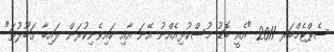
ސެޕްޓެމްބަރ 2011 "އެއީ ބޮޑު މުސްކުޅިއެއްނު އޭނަ އާއި ކައިވެނިކުރަން ލައިބާ ގަބޫލުތަ"